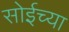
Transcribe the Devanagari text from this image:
सोईच्या